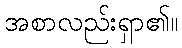
အစာလည်းရှာ၏။